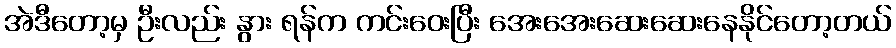
အဲဒီတော့မှ ဦးလည်း နွား ရန်က ကင်းဝေးပြီး အေးအေးဆေးဆေးနေနိုင်တော့တယ်